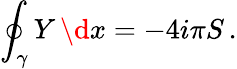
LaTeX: \oint_{\gamma}Y\, \d x=-4i\pi S\, .